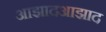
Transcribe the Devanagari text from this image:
आझादआझाद